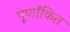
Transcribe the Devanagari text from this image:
पूर्णांकित